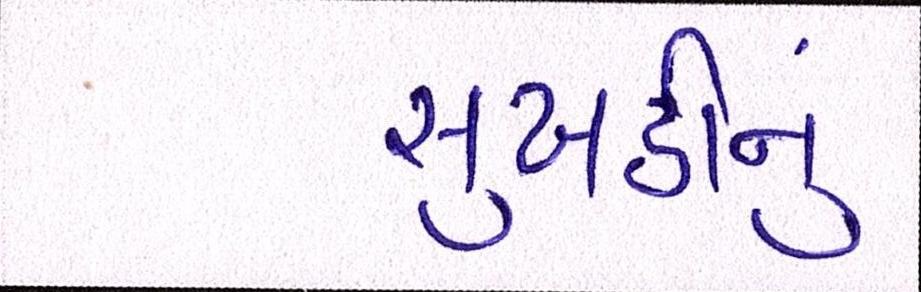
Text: સુખડીનું